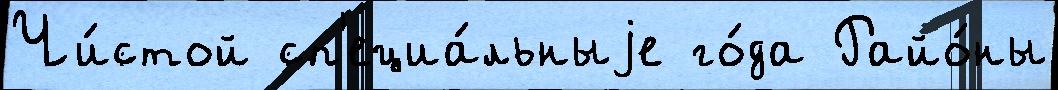
Чи́стой сп'ециа́льныjе го́да Райо́ны